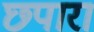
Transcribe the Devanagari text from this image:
छ्पारा